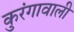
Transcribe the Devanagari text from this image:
कुरंगावाली